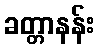
ခတ္တာနန်း